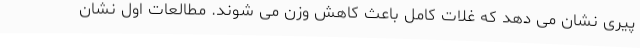
پیری نشان می دهد که غلات کامل باعث کاهش وزن می شوند. مطالعات اول نشان